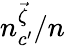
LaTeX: n_{c^{\prime}}^{\vec{\zeta}}/n